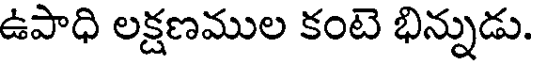
ఉపాధి లక్షణముల కంటె భిన్నుడు.